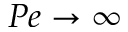
P e \rightarrow \infty